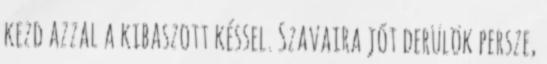
kezd azzal a kibaszott késsel. Szavaira jót derülök persze,